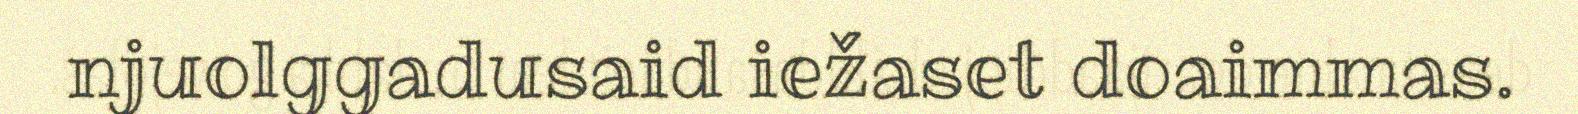
njuolggadusaid iežaset doaimmas.